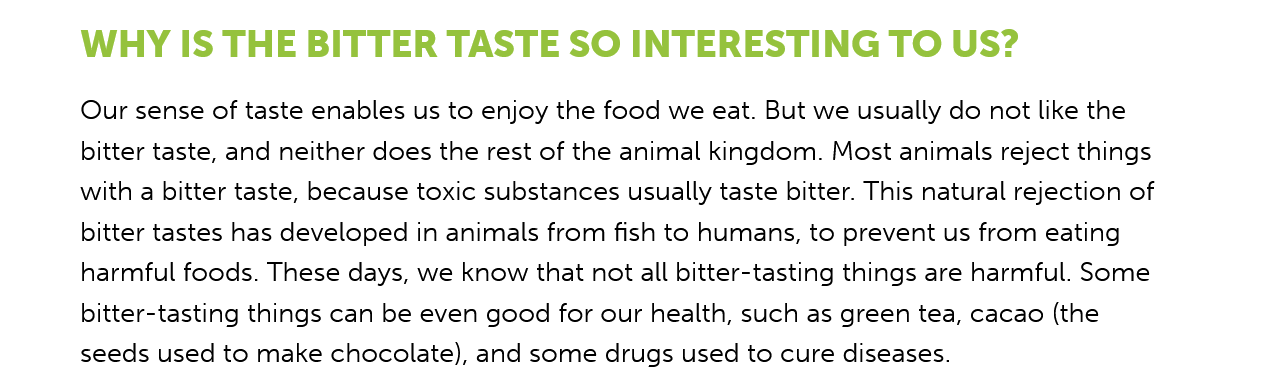
WHY IS    THE BITTER    TASTE    SO   INTERESTING    TO   US?
     Our sense of taste enables us to enjoy the food we eat. But we usually do not like the
     bitter taste, and neither does the rest of the animal kingdom. Most animals reject things
     with a bitter taste, because toxic substances usually taste bitter. This natural rejection of
     bitter tastes has developed in animals from fish to humans, to prevent us from eating
     harmful foods. These days, we know that not all bitter-tasting things are harmful. Some
     bitter-tasting things can be even good for our health, such as green tea, cacao (the
     seeds used to make chocolate), and some drugs used to cure diseases.